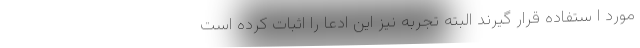
مورد ا ستفاده قرار گیرند البته تجربه نیز این ادعا را اثبات کرده است